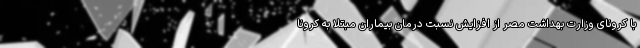
با کرونای وزارت بهداشت مصر از افزایش نسبت درمان بیماران مبتلا به کرونا